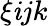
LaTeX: \xi\mathit{i}jk